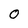
Character: 0